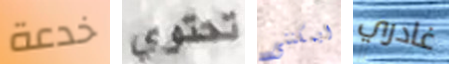
خدعة تحتوي ايمكننى غادري